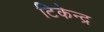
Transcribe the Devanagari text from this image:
टिकेन्द्र